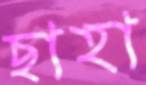
ছাহা